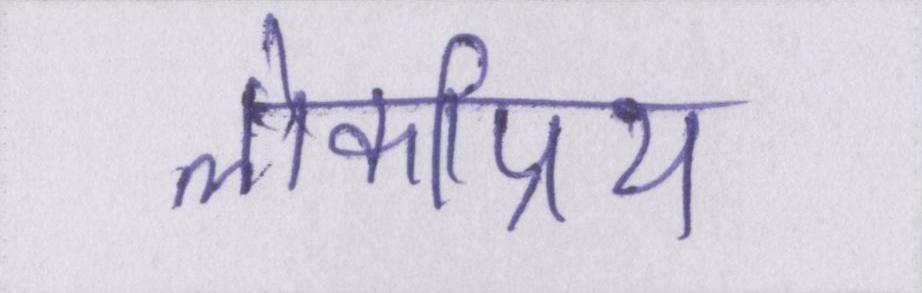
लोकप्रिय